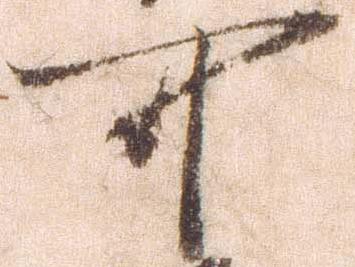
可